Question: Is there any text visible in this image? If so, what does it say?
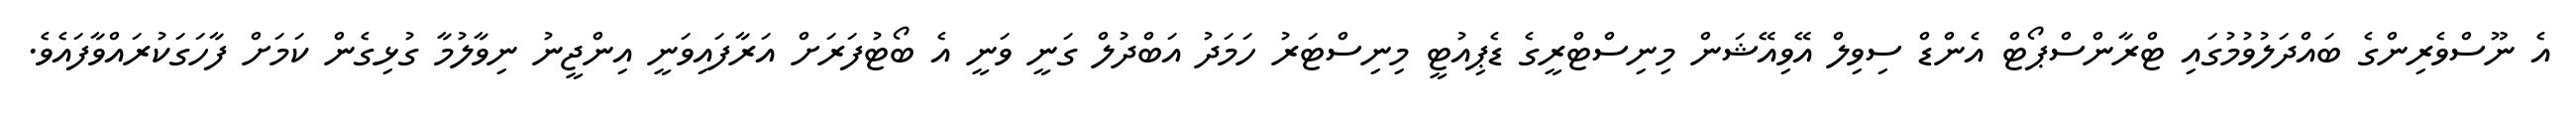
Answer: އެ ނޫސްވެރިންގެ ބައްދަލުވުމުގައި ޓްރާންސްޕޯޓް އެންޑް ސިވިލް އޭވިއޭޝަން މިނިސްޓްރީގެ ޑެޕިއުޓީ މިނިސްޓަރު ހަމަދު އަބްދުލް ގަނީ ވަނީ އެ ބޯޓުފަރަށް އަރާފައިވަނީ އިންޖީނު ނިވާލުމާ ގުޅިގެން ކަމަށް ފާހަގަކުރައްވާފައެވެ.